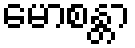
မောစန္တာ